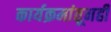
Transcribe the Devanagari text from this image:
कार्यक्रमांतूनही